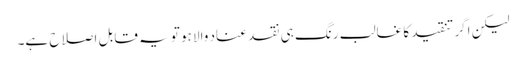
لیکن اگر تنقید کا غالب رنگ ہی نقد عناد والا ہو تو یہ قابل اصلاح ہے۔